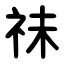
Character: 祙